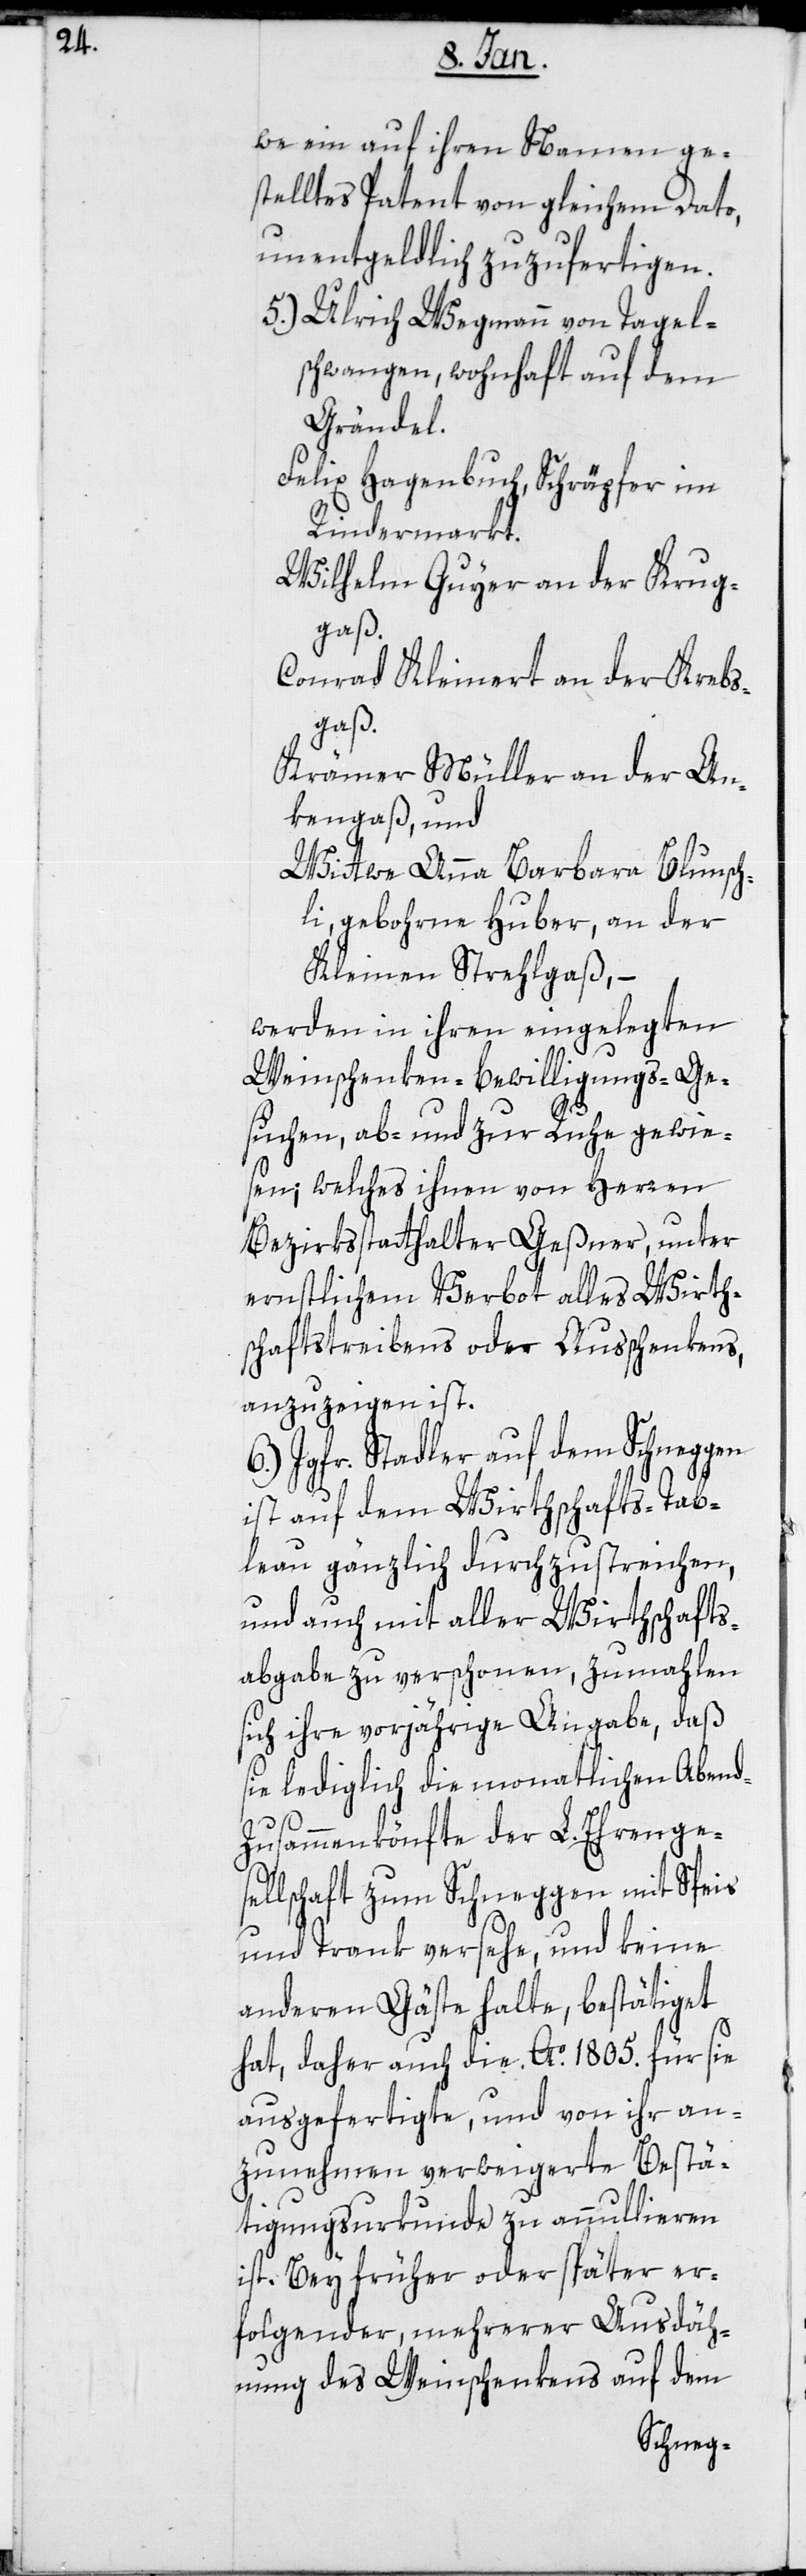
we ein auf ihren Namen ge¬
stelltes Patent von gleichem Dato,
unentgeldlich zuzufertigen.
5.) Ulrich Wegmann von Tagel¬
swangen, wohnhaft auf dem
Grändel.
Felix Hagenbuch, Schräpfer im
Rindermarkt.
Wilhelm Guyer an der Krug¬
gaß
Conrad Kleinert an der Krebs¬
gaß
Krämer Müller an der An¬
kengaß, und
Wittwe Anna Barbara Blunsch¬
li, geborne Huber, an der
Kleinen Strehlgaß; –
werden in ihren eingelegten
Weinschenken-Bewilligungs-Ge¬
suchen, ab- und zur Ruhe gewie¬
sen; welches ihnen von Herren
Bezirksstatthalter Geßner, unter
ernstlichem Verbot alles Wirths¬
chafts-Treibens oder Ausschenkens,
anzuzeigen ist.
6.) Jgfr. Stadler auf dem Schneggen
ist auf dem Wirthschafts-Tab¬
leau gänzlich durchzustreichen,
und auch mit aller Wirthschafts-A¬
bgabe zu verschonen, zumahlen
sich ihre vorjährige Angabe, daß
sie lediglich die monatlichen Abend¬
zusammenkönfte der L. Ehrenges¬
ellschaft zum Schneggen mit Speis
und Trank versehe, und keine
anderen Gäste halte, bestätiget
hat, daher auch die Ao. 1805 für sie
ausgefertigte und von ihr an¬
zunehmen verweigerte Bestä¬
tigungs-Urkunde zu annullieren
ist. Bei früher oder später er¬
folgender, mehrerer Ausdeh¬
nung des Weinschenkens auf dem